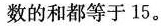
数的和都等于15。